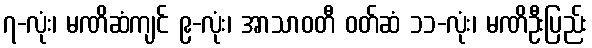
၇-လုံး၊ မဏိဆံကျင် ၉-လုံး၊ အာသာဝတီ ဝတ်ဆံ ၁၁-လုံး၊ မဏိဦးပြည်း